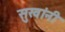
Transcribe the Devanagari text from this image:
सुखांनी